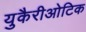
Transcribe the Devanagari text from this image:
युकैरीओटिक